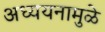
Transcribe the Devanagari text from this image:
अध्ययनामुळे